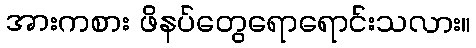
အားကစား ဖိနပ်တွေရောရောင်းသလား။